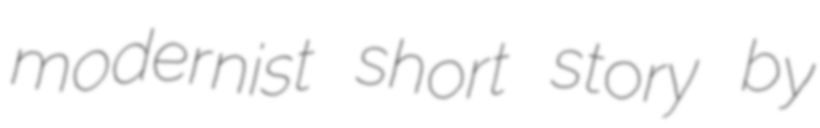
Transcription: modernist short story by